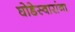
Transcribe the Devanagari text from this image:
घोडेस्वारांना